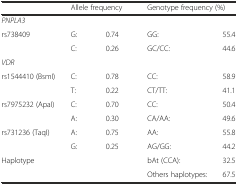
<table><thead><tr><td></td><td colspan="2"><b>Allele frequency</b></td><td colspan="2"><b>Genotype frequency (%)</b></td></tr></thead><tbody><tr><td><i>PNPLA3</i></td><td></td><td></td><td></td><td></td></tr><tr><td>rs738409</td><td>G:</td><td>0.74</td><td>GG:</td><td>55.4</td></tr><tr><td></td><td>C:</td><td>0.26</td><td>GC/CC:</td><td>44.6</td></tr><tr><td><i>VDR</i></td><td></td><td></td><td></td><td></td></tr><tr><td>rs1544410 (BsmI)</td><td>C:</td><td>0.78</td><td>CC:</td><td>58.9</td></tr><tr><td></td><td>T:</td><td>0.22</td><td>CT/TT:</td><td>41.1</td></tr><tr><td>rs7975232 (ApaI)</td><td>C:</td><td>0.70</td><td>CC:</td><td>50.4</td></tr><tr><td></td><td>A:</td><td>0.30</td><td>CA/AA:</td><td>49.6</td></tr><tr><td>rs731236 (TaqI)</td><td>A:</td><td>0.75</td><td>AA:</td><td>55.8</td></tr><tr><td></td><td>G:</td><td>0.25</td><td>AG/GG:</td><td>44.2</td></tr><tr><td>Haplotype</td><td></td><td></td><td>bAt (CCA):</td><td>32.5</td></tr><tr><td></td><td></td><td></td><td>Others haplotypes:</td><td>67.5</td></tr></tbody></table>